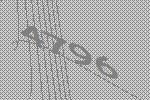
4796